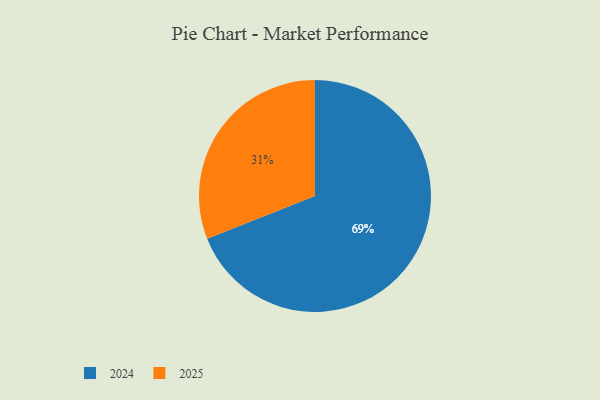
{"axis": {"x": "Category", "y": "Percentage"}, "legend": ["2024", "2025"], "data": [{"x": "2025", "y": 31, "type": "2025"}, {"x": "2024", "y": 69, "type": "2024"}]}